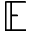
\mathbb { E }